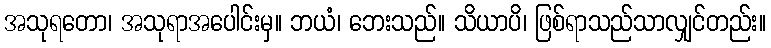
အသုရတော၊ အသုရာအပေါင်းမှ။ ဘယံ၊ ဘေးသည်။ သိယာပိ၊ ဖြစ်ရာသည်သာလျှင်တည်း။